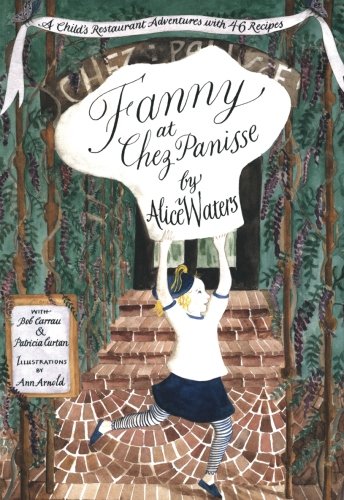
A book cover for Fanny at Chez Panisse: A Child's Restaurant Adventures with 46 Recipes; Alice L. Waters; Children's Books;